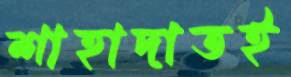
শাহাদাতই